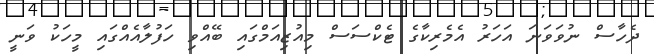
ދެހާސް ނުވަވަނަ އަހަރު އެމެރިކާގެ ޓެކްސަސް މިއުޒިއަމްގައި ބޭއްވި ހަފުލާއެއްގައި މީހަކު ވަނީ